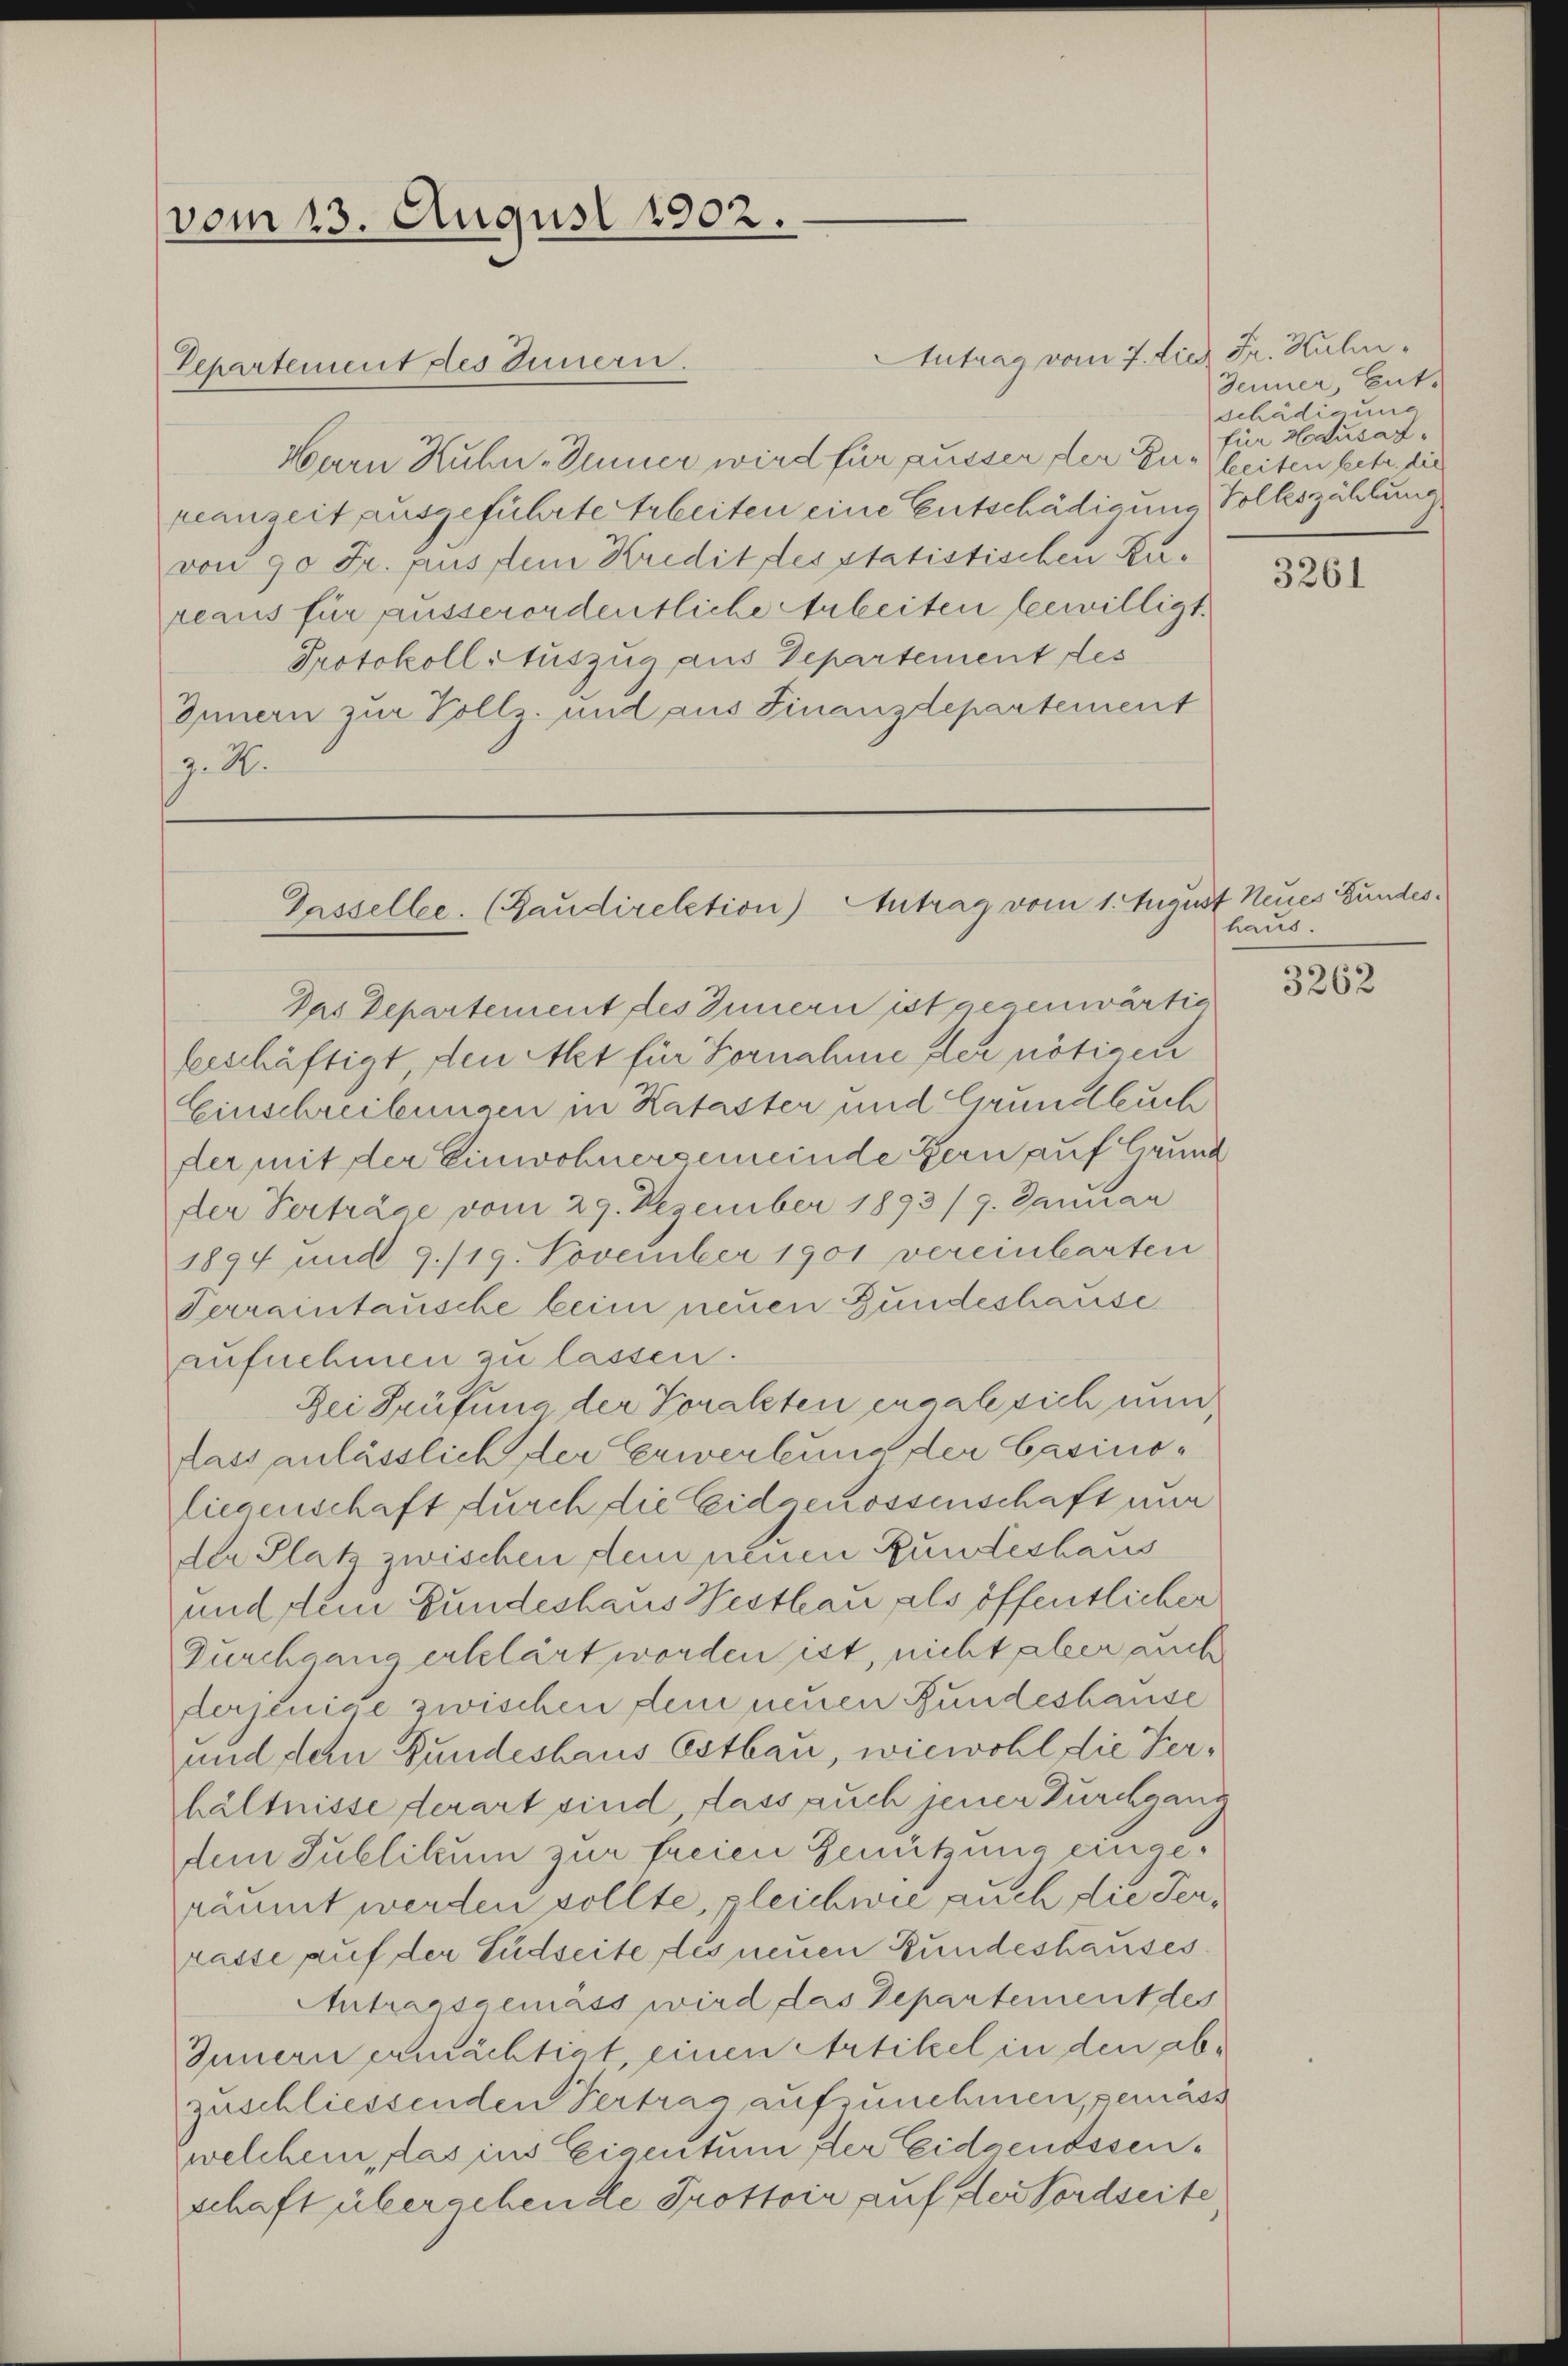
vom 23. August 1902.

Hern Kuhn, Jenner wird für ausser der Eurgleiten betr. die
reanzeit ausgeführte Arbeiten eine Entschädigung Volkszählung
von 90 Fr. Prus sein Kredit desstatistischen Kureaus für ausserordentliche Arbeiten bewilligt.
Protokoll Auszug aus Departement des
Innern zur Vollz. und aus Finanzdepartement
z. R.

Separtement des Innern.

Gasselle. (Baudirektion) Antrag vom 1. August Neues Bundes¬

Das Departement des Innern ist gegenwärtig
ferschäftigt, den Alt für Fornahme der nötigen
Einschreibungen in Kataster und Grundbuch
der mit der Einwohnergemeinde Bern auf Grund
der Verträge vom 29. Dezember 1893/9. Januar
1894 und 9./19. November 1901 vereinbarten
Serraintausche beim neuen Bundeshause
aufnehmen zu lassen.
Zei Prüfung der Voralsten ergale sich unn
lass anlässlich der Erwerbung der Casinoliegenschaft durch die Eidgenossenschaft nur
der Platz zwischen dem neuen Bundeshaus
und dem Gundeshaus Westhau als öffentlicher
Durchgang erklärt worden ist, nicht aber auch
derjenige zwischen dein neuen Bundeshause
und dem Bundeshaus Estbau, wiewohl die Verhältnisse derart sind, dass auch jener Durchgang
dem Publikum zur freien Genützung eingeräumt werden sollte gleichwie auch die Terrasse auf der Südseite des neuen Bundeshauses.
Antragsgemäss wird das Departement des
Innern ermächtigt, einen Artikel in den abzuschliessenden Vertrag aufzunehmen, gemäss
welchem das ins Eigentum der Eidgenossenschaft übergehende Trottoir auf erfordseite,

Antrag vom 7. die Fr. Kulm,

Jenner, Ent-
schädigung
für Hausar¬

3261

haus.

3262